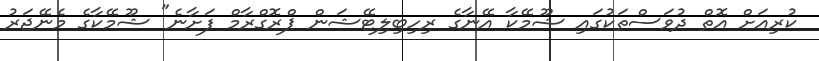
ކުރިއަށް އޮތް ދުވަސްތަކުގައި ޝޫމޭކާ އޭނާގެ ރިހިބިލިޓޭޝަން ޕްރޮގްރާމް ފަށާނެ" ޝޫމޭކާގެ މެނޭޖަރު